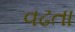
વઢતા